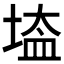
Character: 𡎌